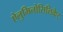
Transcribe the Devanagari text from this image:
ऐलुमिनोसिलिकेट